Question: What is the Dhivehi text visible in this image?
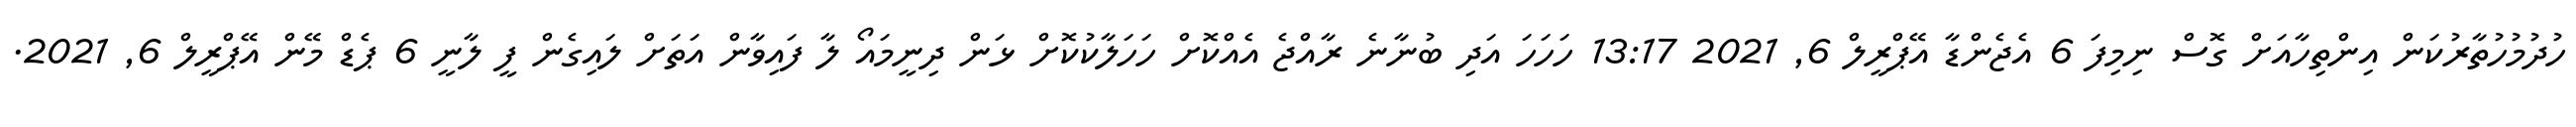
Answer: ހުދުމުހުތާރުކަން އިންތިހާއަށް ގޮސް ނިމިފަ 6 އެޖެންޑާ އޭޕްރީލް 6, 2021 13:17 ހަހަހަ އަދި ބުނާނެ ރާއްޖެ އެއްކޮށް ހަހަލާކުކޮށް ޅަން ދިނީމައޯ ލާ ފައިވާން އަތަށް ލައިގެން ފީ ލާނީ 6 ޕެޑް މޭން އޭޕްރީލް 6, 2021.